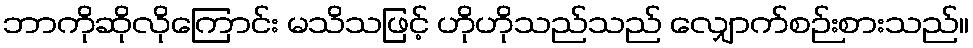
ဘာကိုဆိုလိုကြောင်း မသိသဖြင့် ဟိုဟိုသည်သည် လျှောက်စဉ်းစားသည်။